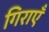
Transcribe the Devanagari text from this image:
गिराएँ